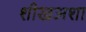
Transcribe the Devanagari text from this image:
शीखअशा